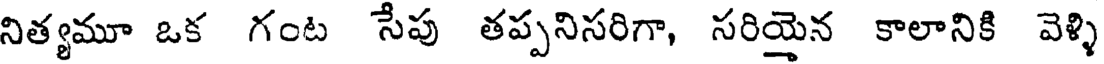
నిత్యమూ ఒక గంట సేపు తప్పనిసరిగా, సరియైన కాలానికి వెళ్ళి